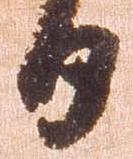
日